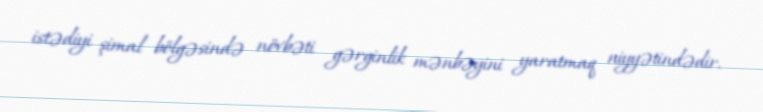
istədiyi şimal bölgəsində növbəti gərginlik mənbəyini yaratmaq niyyətindədir.